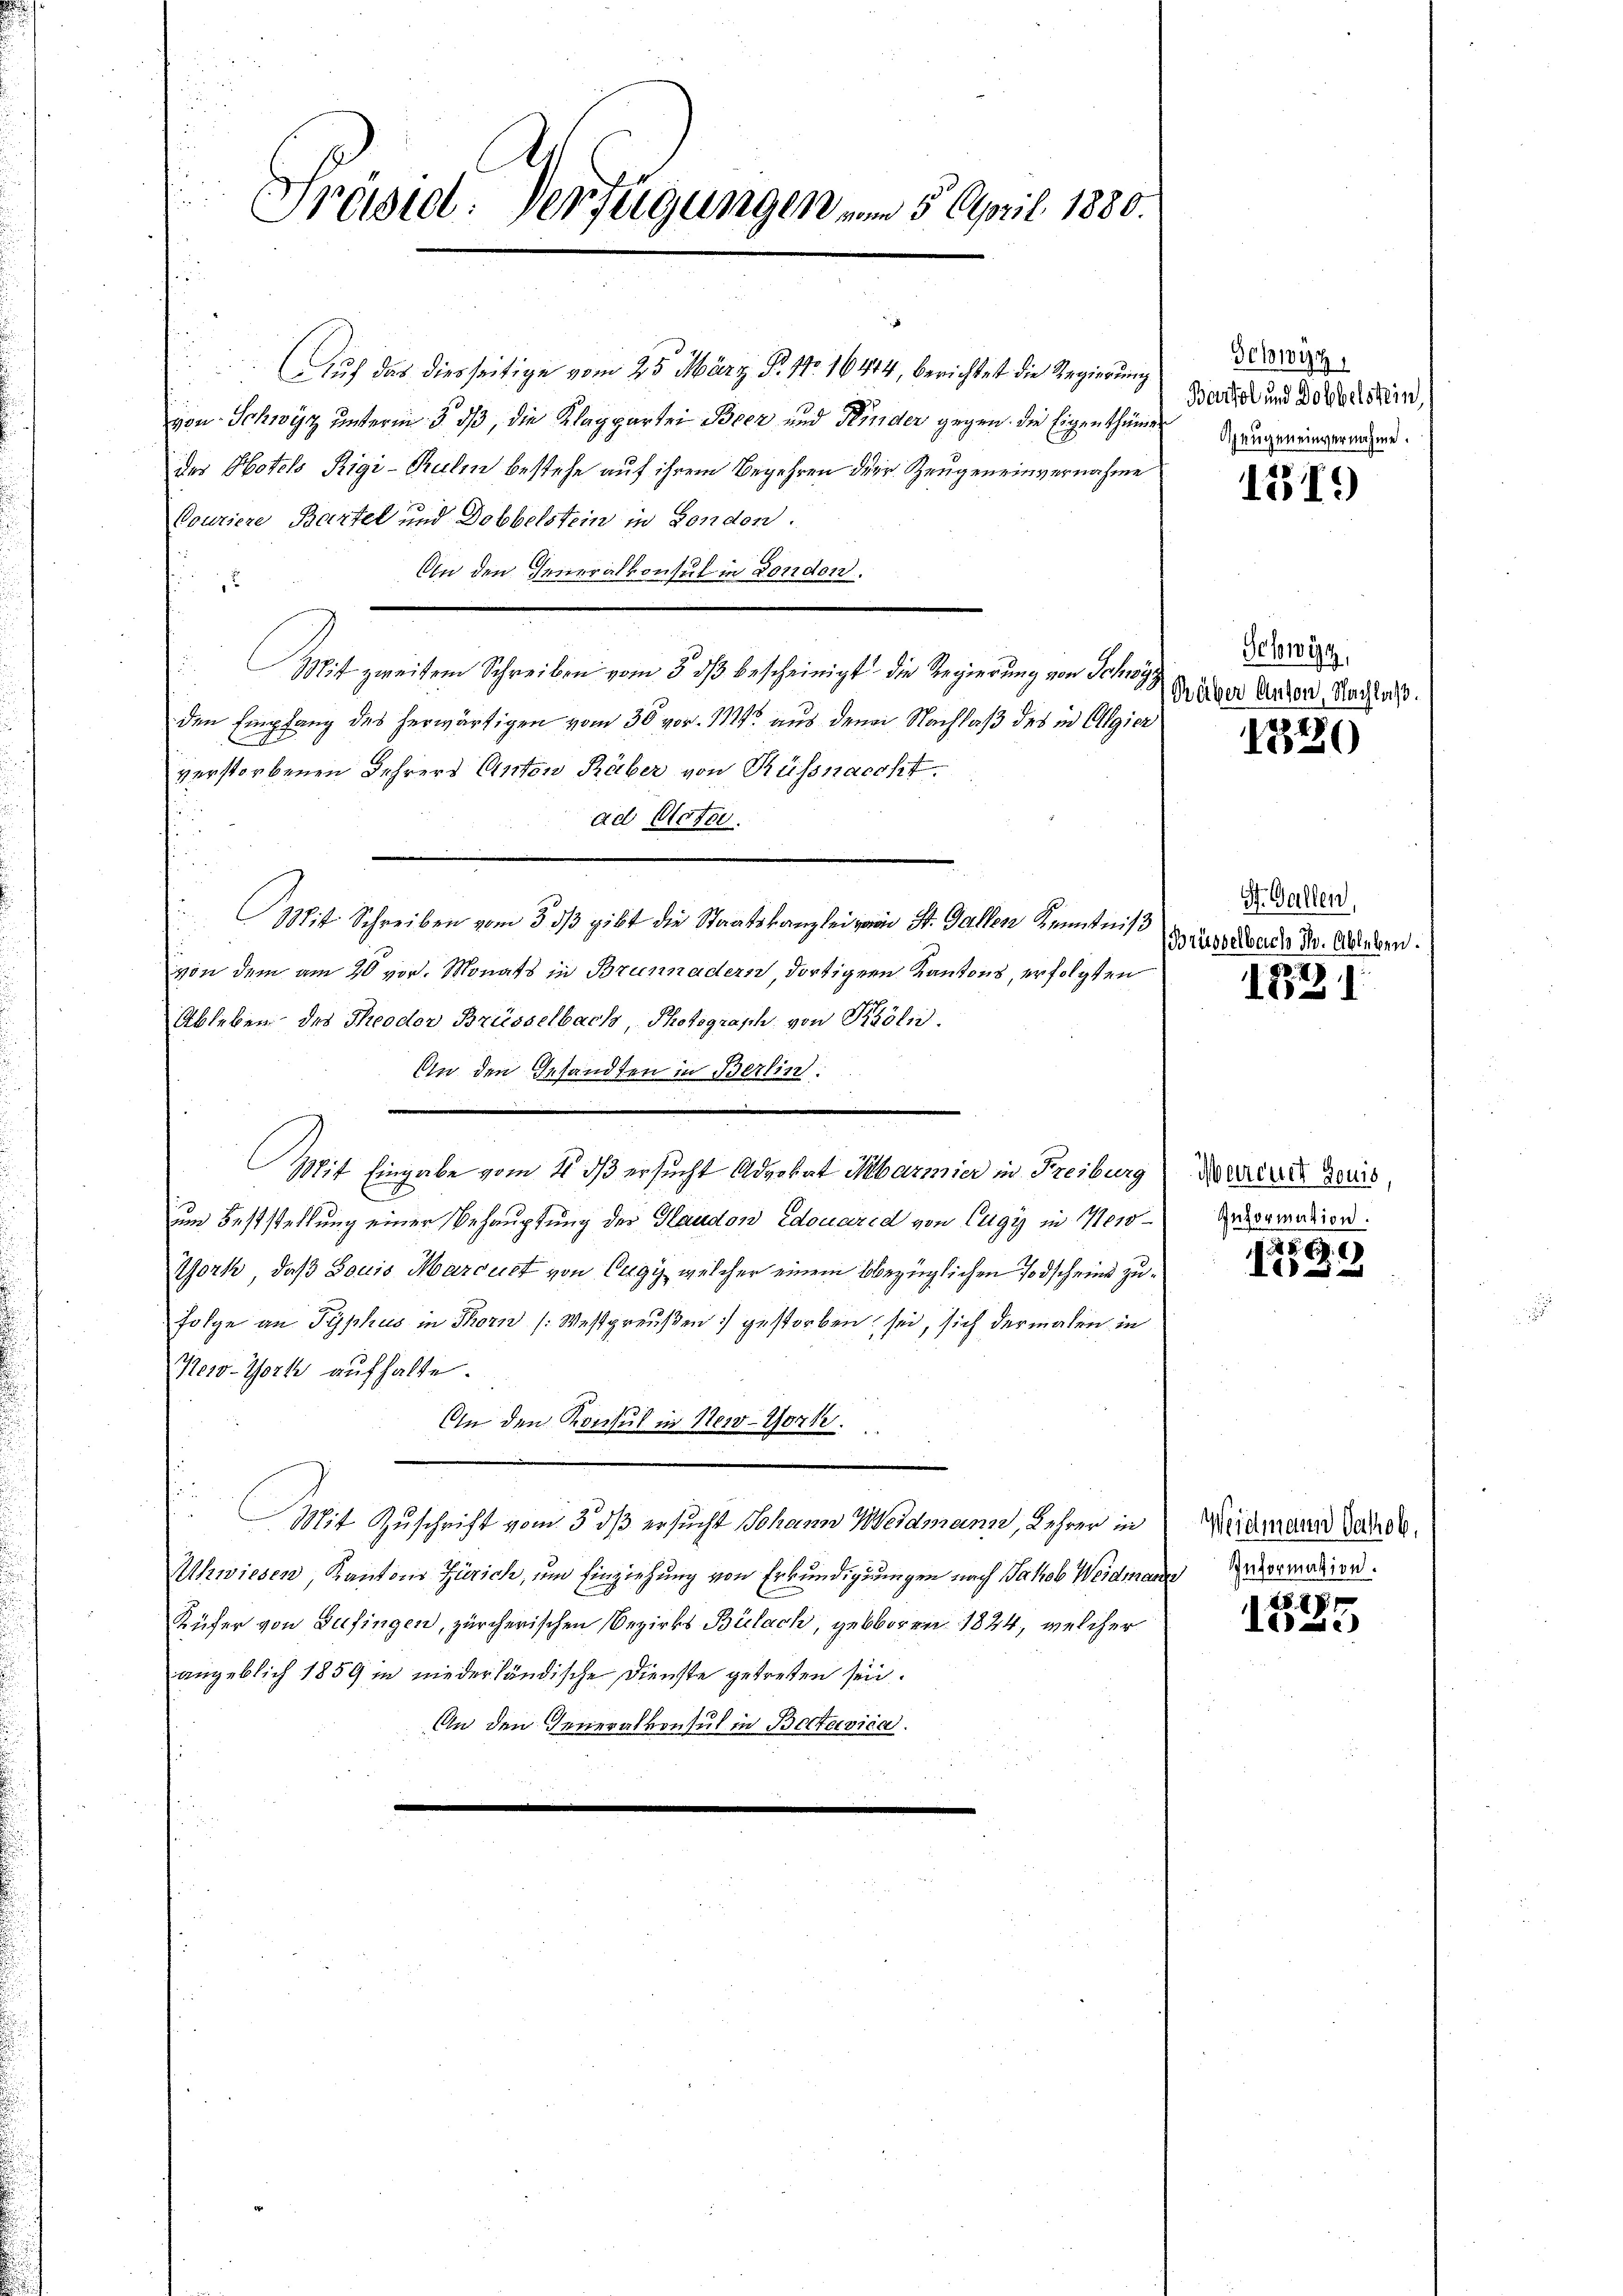
Präsid. Verfügungen vom 5. April 1880.

Auf das diesseitige vom 25. März B. 10. 16414, berichtet die Regierung
von Schwyz unterm 5. ds, die Klaggarter Beer und Kinder gegen die Eigenthümer
der Hotels Rigi-Kulm bestehe auf ihrem Begehren der Zeugen einvernahme
Couriere Bartel und Dobbelstein in London.
An den Generalkonsul in London.
.
Mit zweitem Schreiben vom 3. ds bescheinigt die Regierung von Schwyz
den Empfang des herwärtigen vom 30 vor. 112 aus den Nachlaß des in Algier
97
verstorbenen Lehrers Anton Räber von Rüssnacht.
ad Acta.
Mit Schreiben vom 3. dβ gibt die Staatskanzlei von St. Gallen Kenntniß
von dem am 20 vor. Monats in Brunnadern, dortiger Kantons, erfolgten
Ableben des Theodor Brüsselbach, Photograsch von Köln,
An den Gesandten in Berlin:
Mit Eingabe vom 4. dß ersucht Advokat Marmier in Freiburg
um Feststellung einer Behauptung der Haudon Edouard von Cugy in Newo¬
York, daß Socio Marcust von Cugy welcher einem bbezüglichen Todscheind zufolge an Typhus in Thorn [Westpreußen gestorben sei, sich dermalen in
New-York aufhalte.
An den Konsul in New-York
Mit Zuschrift vom 5. dß ersucht Johann Weidmann, Lehrer in
Uhwiesen, Kantons Zürich, um Einziehung von Erkundigungen nach Jakob Weidmann Intermation.
Küfer von Lufingen, zürcherischen Bezirks Bülach, geboren 1824, welcher
angeblich 1859 in niederländische Dienste getreten sein.
An den Generalkonsul in Batavica.

Schwyz,
Bartol und Dobbelstein,
Spaugen einvernahme.

1319)

Schwyz,
Büber Anton, Nachlaß.

1820

St. Gallen,
Brüsselbach Th. Ableben.

1821

Mercuet jouis,
Information.

8
)

Weidmann Jakob.

1525